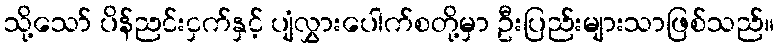
သို့သော် ပိန်ညင်းငှက်နှင့် ပျံလွှားပေါက်စတို့မှာ ဦးပြည်းများသာဖြစ်သည်။